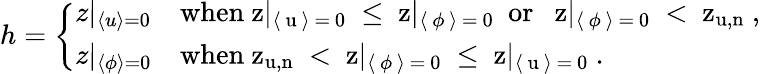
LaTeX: \begin{array}{r}{h=\left\{ \begin{array}{ll}{z|_{\langle u\rangle=0}}&{\mathrm{when~z|_{\langle~u~\rangle~=~0}~\leq~z|_{\langle~\phi~\rangle~=~0}~\ or\ \ ~z|_{\langle~\phi~\rangle~=~0}~<~z_{u,n}~},}\\ {z|_{\langle\phi\rangle=0}}&{\mathrm{when~z_{u,n}~<~z|_{\langle~\phi~\rangle~=~0}~\leq~z|_{\langle~u~\rangle~=~0}~}.}\end{array}\right.}\end{array}